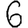
Digit: 6